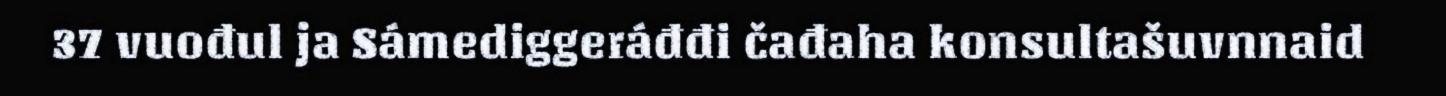
37 vuođul ja Sámediggeráđđi čađaha konsultašuvnnaid